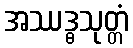
အဿဒ္ဓသုတ္တံ